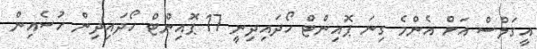
އީގަލްސް އަށް އެންމެ ގިނަ ޕޮއިންޓް ހޯދައިދިނީ 17 ޕޮއިންޓް ހޯދައިދިން ހުސެއިން